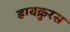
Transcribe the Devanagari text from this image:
डायक्रुरस